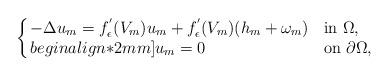
LaTeX: \begin{align*}\left\{ \arraycolsep=1.5pt \begin{array}{lll}-\Delta u_m=f_\epsilon^{'}(V_m)u_m+ f_\epsilon^{'}(V_m)( h_m+\omega_m)\ \ &{\rm in}\ \Omega, \\begin{align*}2mm]u_m= 0 \ \ & {\rm on}\ \partial\Omega,\end{array}\right.\end{align*}